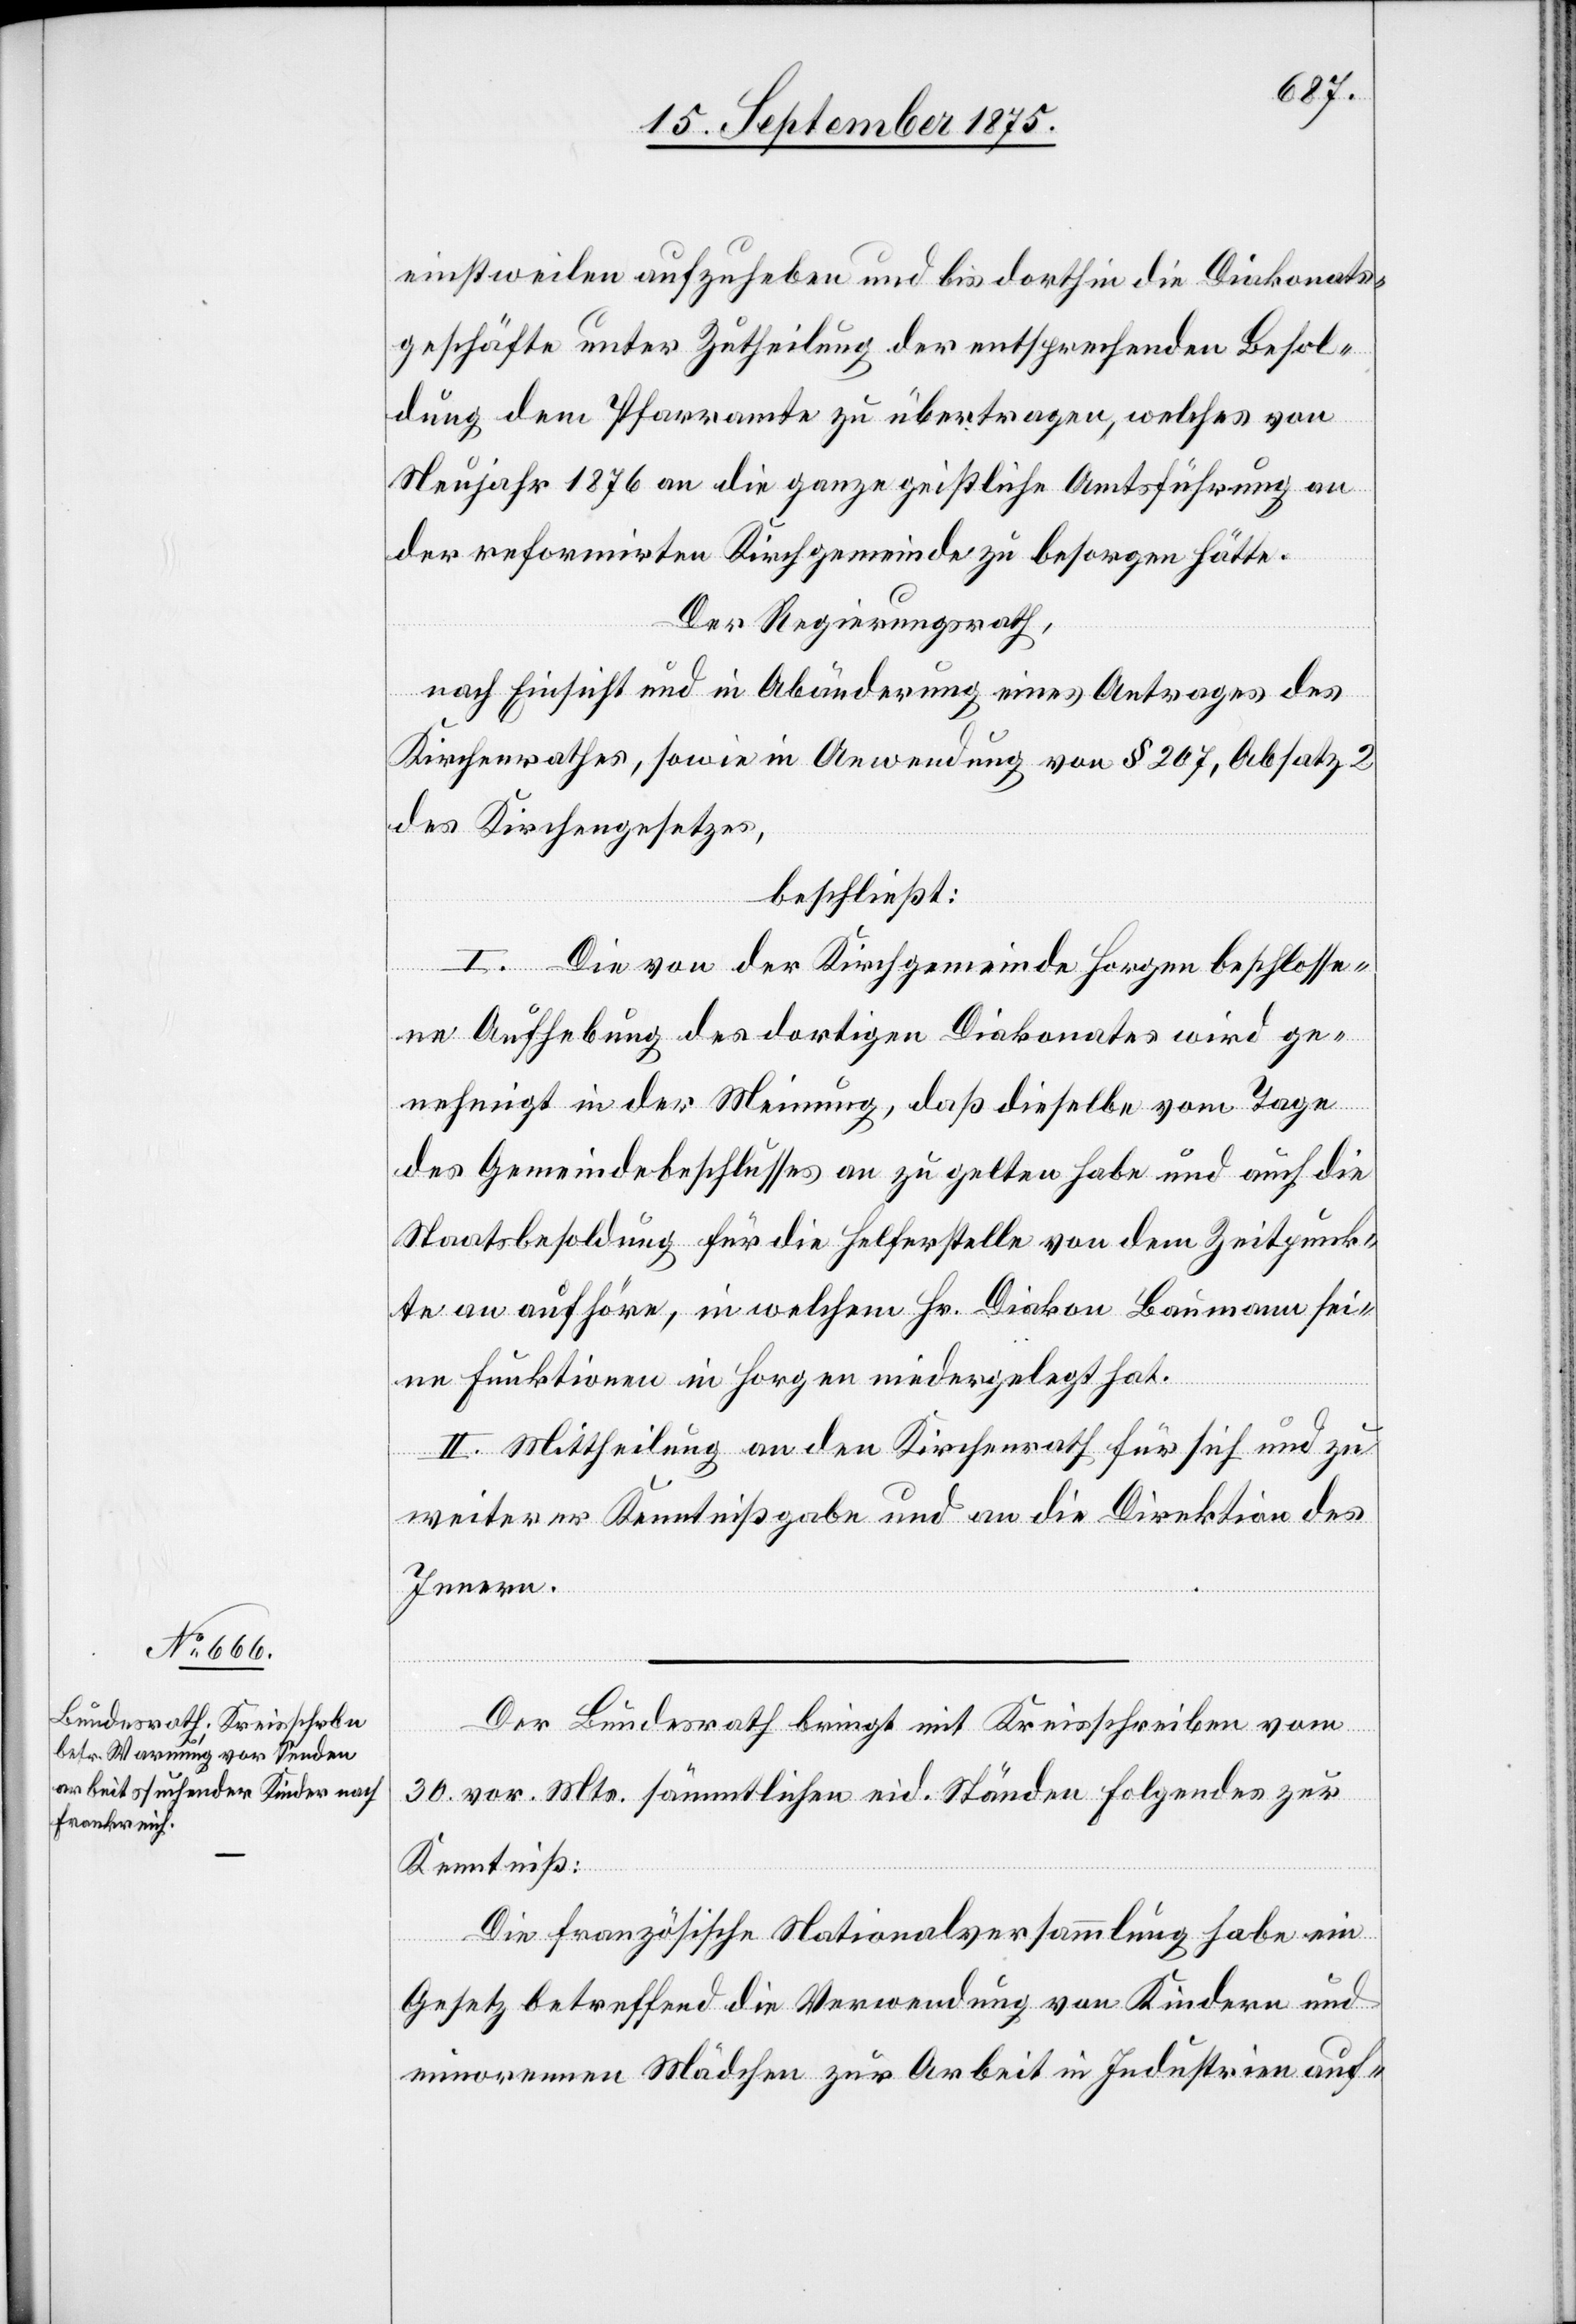
einstweilen aufzuheben und bis dorthin die Diakonats¬
geschäfte unter Zutheilung der entsprechenden Besol¬
dung dem Pfarramte zu übertragen, welches von
Neujahr 1876 an die ganze geistliche Amtsführung an
der reformirten Kirchgemeinde zu besorgen hätte.
Der Regierungsrath,
nach Einsicht und in Abänderung eines Antrages des
Kirchenrathes, sowie in Anwendung von § 207, Absatz 2
des Kirchengesetzes,
beschließt:
I. Die von der Kirchgemeinde Horgen beschlosse¬
ne Aufhebung des dortigen Diakonates wird ge¬
nehmigt in der Meinung, daß dieselbe vom Tage
des Gemeindebeschlusses an zu gelten habe und auch die
Staatsbesoldung für die Helferstelle von dem Zeitpunk¬
te an aufhöre, in welchem Hr. Diakon Baumann sei¬
ne Funktionen in Horgen niedergelegt hat.
II. Mittheilung an den Kirchenrath für sich und zu
weiterer Kenntnißgabe und an die Direktion des
Innern.
Der Bundesrath bringt mit Kreisschreiben vom
30. vor. Mts. sämmtlichen eid. Ständen Folgendes zur
Kenntniß:
Die französische Nationalversammlung habe ein
Gesetz betreffend die Verwendung von Kindern und
minorennen Mädchen zur Arbeit in Industrien auf-